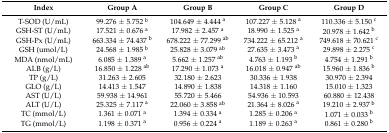
<table><thead><tr><td><b>Index</b></td><td><b>Group A</b></td><td><b>Group B</b></td><td><b>Group C</b></td><td><b>Group D</b></td></tr></thead><tbody><tr><td>T-SOD (U/mL)</td><td>99.276 ± 5.752 <sup>b</sup></td><td>104.649 ± 4.444 <sup>a</sup></td><td>107.227 ± 5.128 <sup>a</sup></td><td>110.336 ± 5.150 <sup>c</sup></td></tr><tr><td>GSH-ST (U/mL)</td><td>17.521 ± 0.676 <sup>a</sup></td><td>17.982 ± 2.457 <sup>a</sup></td><td>18.990 ± 1.525 <sup>a</sup></td><td>20.978 ± 1.642 <sup>b</sup></td></tr><tr><td>GSH-Px (U/mL)</td><td>663.334 ± 74.437 <sup>b</sup></td><td>678.222 ± 77.299 <sup>ab</sup></td><td>734.222 ± 65.212 <sup>a</sup></td><td>749.618 ± 70.621 <sup>c</sup></td></tr><tr><td>GSH (umol/L)</td><td>24.568 ± 1.985 <sup>b</sup></td><td>25.828 ± 3.079 <sup>ab</sup></td><td>27.635 ± 3.473 <sup>a</sup></td><td>29.898 ± 2.275 <sup>c</sup></td></tr><tr><td>MDA (nmol/mL)</td><td>6.085 ± 1.389 <sup>a</sup></td><td>5.662 ± 1.257 <sup>ab</sup></td><td>4.763 ± 1.193 <sup>b</sup></td><td>4.754 ± 1.291 <sup>b</sup></td></tr><tr><td>ALB (g/L)</td><td>16.850 ± 1.228 <sup>ab</sup></td><td>17.290 ± 1.073 <sup>a</sup></td><td>16.018 ± 0.947 <sup>ab</sup></td><td>15.960 ± 1.836 <sup>b</sup></td></tr><tr><td>TP (g/L)</td><td>31.263 ± 2.605</td><td>32.180 ± 2.623</td><td>30.336 ± 1.938</td><td>30.970 ± 2.394</td></tr><tr><td>GLO (g/L)</td><td>14.413 ± 1.547</td><td>14.890 ± 1.838</td><td>14.318 ± 1.160</td><td>15.010 ± 1.323</td></tr><tr><td>AST (U/L)</td><td>59.938 ± 14.961</td><td>55.720 ± 5.466</td><td>54.936 ± 10.593</td><td>60.880 ± 12.438</td></tr><tr><td>ALT (U/L)</td><td>25.325 ± 7.117 <sup>a</sup></td><td>22.060 ± 3.858 <sup>ab</sup></td><td>21.364 ± 8.026 <sup>a</sup></td><td>19.210 ± 2.937 <sup>b</sup></td></tr><tr><td>TC (mmol/L)</td><td>1.361 ± 0.071 <sup>a</sup></td><td>1.394 ± 0.334 <sup>a</sup></td><td>1.285 ± 0.206 <sup>a</sup></td><td>1.071 ± 0.033 <sup>b</sup></td></tr><tr><td>TG (mmol/L)</td><td>1.198 ± 0.371 <sup>a</sup></td><td>0.956 ± 0.224 <sup>a</sup></td><td>1.189 ± 0.263 <sup>a</sup></td><td>0.861 ± 0.280 <sup>b</sup></td></tr></tbody></table>